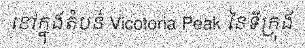
នៅក្នុងតំបន់ Vicotoria Peak នៃទីក្រុង